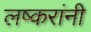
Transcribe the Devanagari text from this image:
लष्करांनी